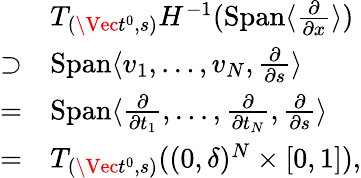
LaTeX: \begin{array}{rl}&{T_{(\Vec{t^{0}},s)}H^{-1}(\mathrm{Span}\langle\frac{\partial}{\partial x}\rangle)}\\ {\supset}&{\mathrm{Span}\langle v_{1},\ldots,v_{N},\frac\partial{\partial s}\rangle}\\ {=}&{\mathrm{Span}\langle\frac\partial{\partial t_{1}},\ldots,\frac\partial{\partial t_{N}},\frac\partial{\partial s}\rangle}\\ {=}&{T_{(\Vec{t^{0}},s)}((0,\delta)^{N}\times[0,1]),}\end{array}